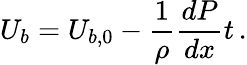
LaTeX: U_{b}=U_{b,0}-\frac{1}{\rho}\frac{dP}{dx}t\, .